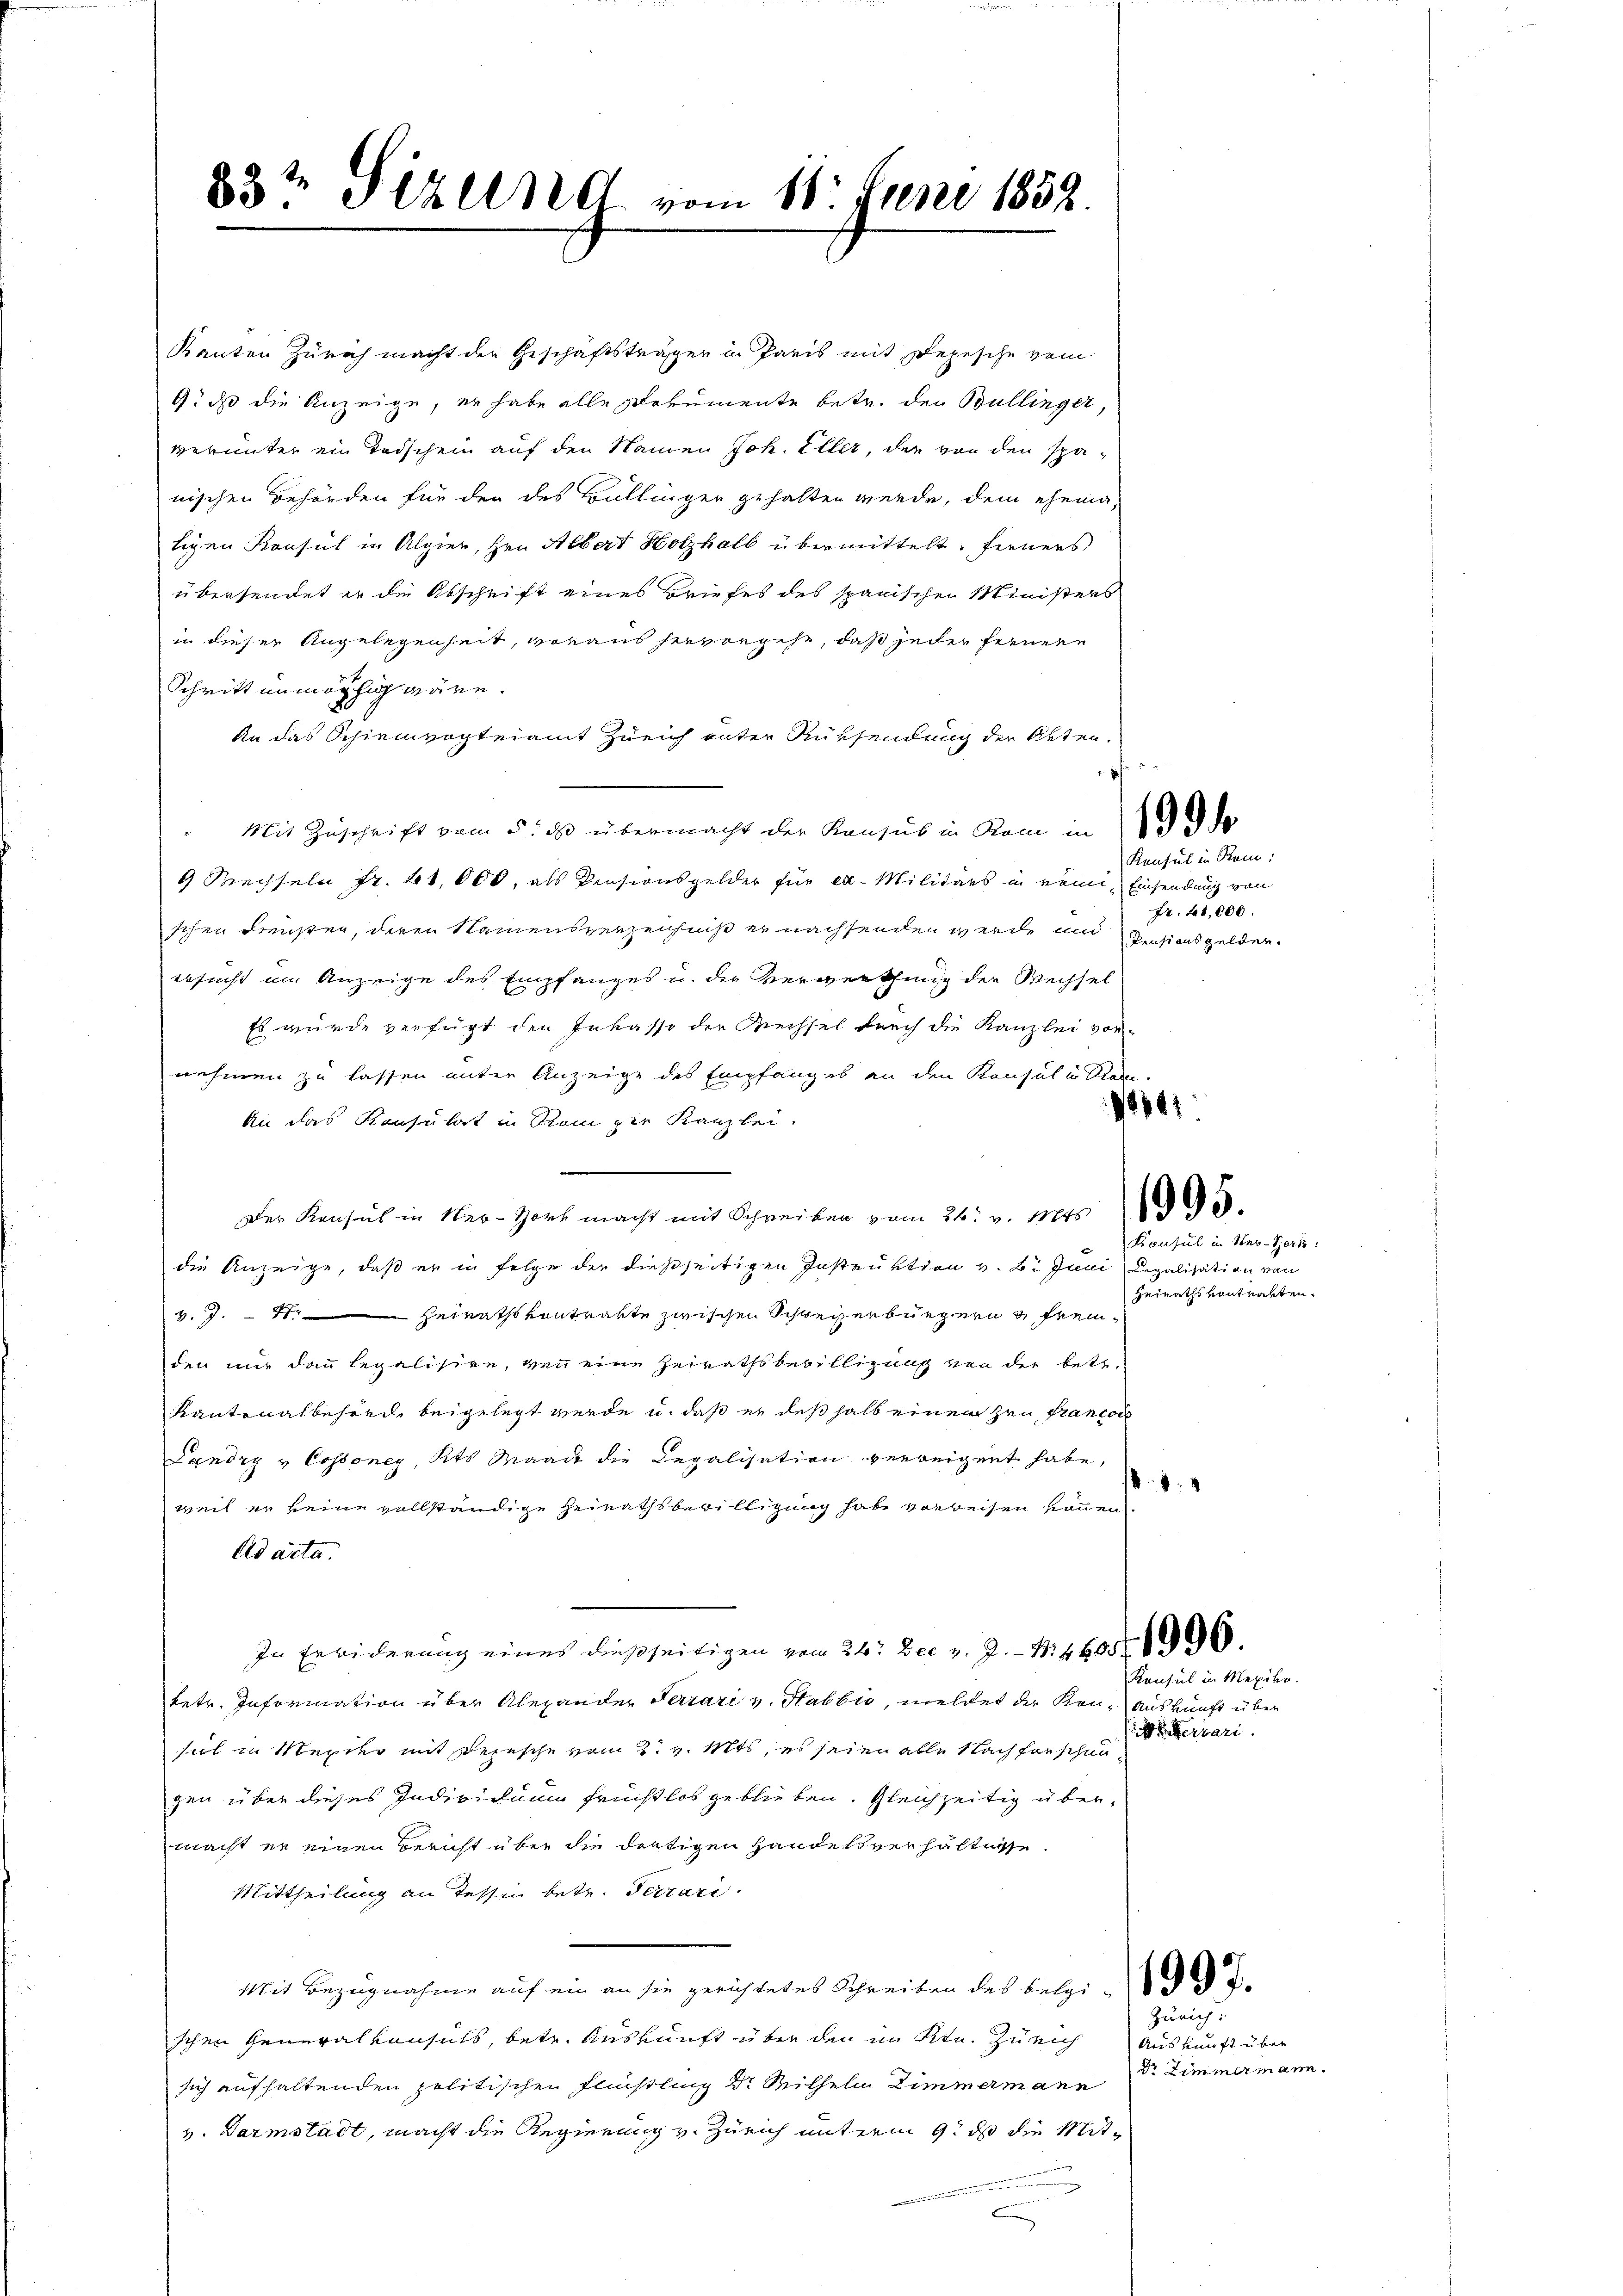
83t Sizelne vom 16. Juni 1852.

Kanton Zürich macht der Geschäftsträger in Paris mit Depesche vom
9: daß die Anzeige, er habe alle Dokumente betr. den Bullinger,
verunter ein Todschein auf den Namen Joh. Eller, der von den spänischen Behörden für der des Büllinger gehalten werde, dem ehematigen Konsul in Algier, Hrn. Albert Holzhalb übermittelt: ferners
übersendet er die Abschrift eines Briefes des spanischen Ministers
in dieser Angelegenheit, voraus hervorgehe, daß jeder fernen
Schritt unmöthig wäre.
An das Schirmvogteiamt Zürich unter Rücksendung der Akten.
Mit Zuschrift vom 5. ds übermacht der Kanzes in Rom de
9 Mechseln Fr. 41,000, als Pensionsgelder für ex- Militärs in nämi, Einsendung von
schen Fensten, deren Namensverzeichniß er nachsenden werde um Resionsgelden.
ersucht im Anzeige des Empfanges u. der Verwerthung der Wechsel
Es wurde verfügt den Inkasse die Wechsel durch die Kanzlei vornehmen zu lassen unter Anzeige des Empfanges an den Konsul in Rei
An das Konsulat in Stam die Kanzlei.
—
Der Konsul in Ner-Hort macht mit Schreiben vom 26. v. Mts. 1995.
die Anzeige, daß er in Folge der dießseitigen Instruktion v. B. Juni Legalisation von
4.7. 11. Heirathskontrakte zwischen Schweizerbürgern & freiden nur dann legalisire, von eine Zeirathsbewilligung von der betr.
Kantonalbehörde beigelegt werde u. daß er deßhalb einen zu francor
Landry - Cossoney, Kts. Waadt die Legalisation verweigent habe,
1
weil er keine vollständige Heirathsbewilligung habe vorweisen können,
Ad acta.
In Erwiderung eines dießseitigen vom 26. Dec. v. J. - 4. 4608. 1096.
betr. Information über Alexander Terrari v. Stabbio, meldet der Kon- Auskunft über
errari
sich in Mexier mit Depesche vom 2. v. Mts, es seien alle Nachforschen
gen über dieses Individuum fruchtlos geblieben. Gleichzeitig über-
macht er eigen Bericht über die dortigen Handelsverhältige
Mittheilung an Tessin betr. Terrari
Mit Bezugnahme auf ein an sie gerichtetes Schreiben des Belgi
Zürich.
schen Generalkonsuls, betr. Auskunft über den im Ktn. Zürich
sich aufhaltenden politischen Flüßling Dr. Wilhelm Zimmermann
v. Darmstadt, macht die Regierung v. Zürich unterm 9. ds die Mit¬

Konsul in Rom:
fr. 41,000.

Konsul in Ner-Bern:
Heiraths vontrakten.

1801.

Konsul in Mexiko

Auskunft über
Dr Zimmermann.